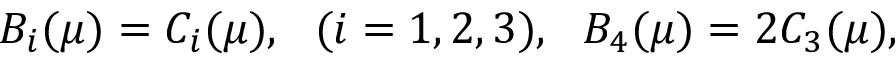
B _ { i } ( \mu ) = C _ { i } ( \mu ) , \ \ ( i = 1 , 2 , 3 ) , \ \ B _ { 4 } ( \mu ) = 2 C _ { 3 } ( \mu ) ,